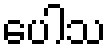
ပေါသ